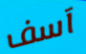
آسف